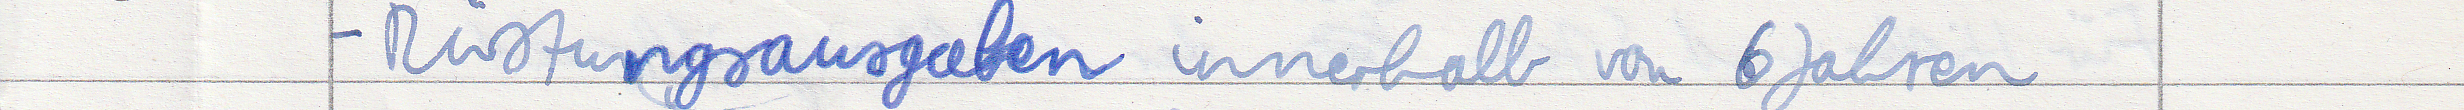
- Rüstungsausgaben innerhalb von 6 Jahren